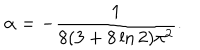
LaTeX: \alpha = - { \frac { 1 } { 8 ( 3 + 8 \ln 2 ) \pi ^ { 2 } } } .